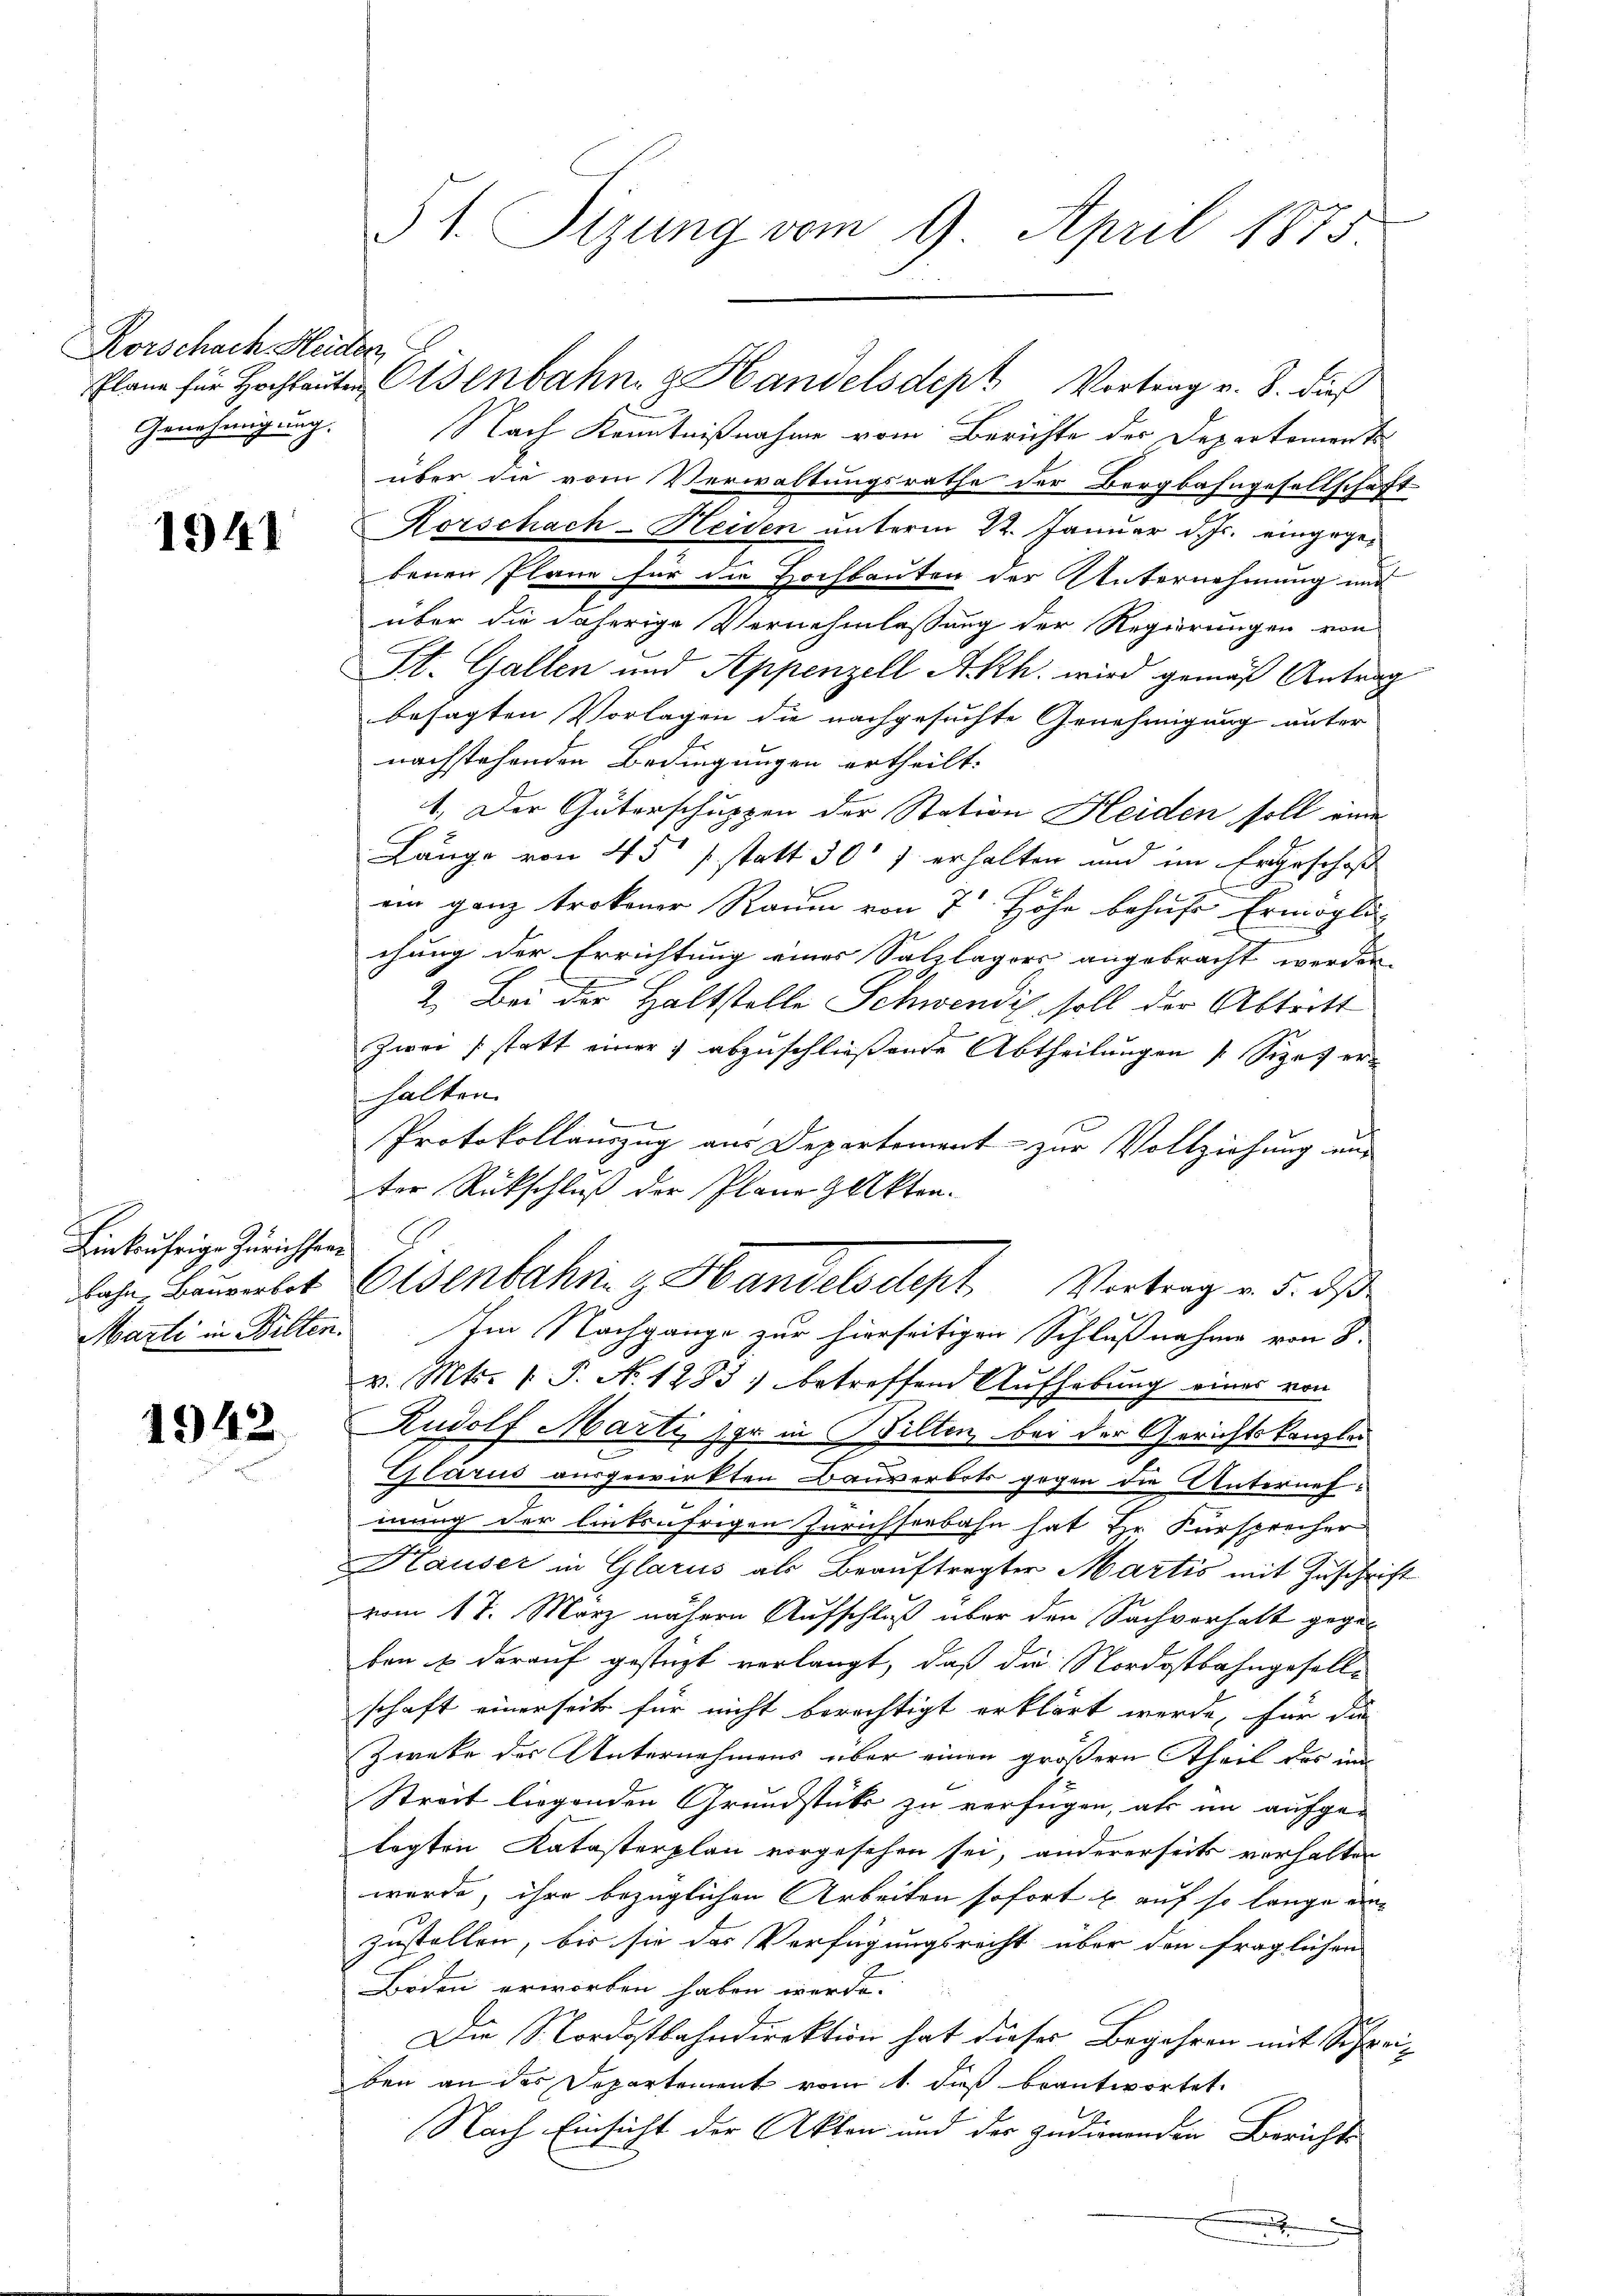
Rorschach Heiden,

1941

Einkaufrige Zürichsen
bahn, Bauverbot

1942

51. Sizung vom 9. April 1875.

Plane für Hochlauten Eisenbahn z. Handelsdept Vortrag v. 8. dies
Genehmigung. Nach Kenntnißnahme vom Berichte des Departement
über die vom Verwaltungsrathe der Bergbahngesellschaft
Korschach-Heiden unterm 22. Januar d. Js. eingegebenen Pläne für die Hochbauten der Unternehmung und
über die daherige Vernehmlassung der Regierungen von
St. Gallen und Appenzell A.Rh. wird gemäß Antrag
besagten Vorlagen die nachgesuchte Genehmigung unter
nachstehenden Bedingungen ertheilt.
1. Der Güterschuppen der Station Heiden soll eine
Länge von 45 statt 307 erhalten und im Ergeschoß
ein ganz trokener Raum von 7 Höhe behufe Ermögli-
chung der Errichtung eines Salzlagers angebracht werden.
2. Bei der Haltstelle Schwendis soll der Abtritt
Zwei statt einer abzuschließende Abtheilungen Sizat erhalten.
Protokollauszug aus Departement zur Vollziehung ein
ter Rückschluß der Plane Zuktra¬
Marti in Bilten. Im Nachgange zur hierseitigen Schlußnahme von 8.
v. Mts. 1. P. N. 1283) betreffend Aufhebung eines von
Rudolf Marti ser in Bilten bei der Gerichtskanzle
Glarus ausgewirkten Bauverbots gegen die Unternehmung der liebsäfrigen Zürichseebahn hat Hr. Fürsprecher
Kauser in Glarus als Beauftragter Martis mit Zuschrift
vom 17. März nähern Aufschluß über den Sachverhalt gegen
ben & darauf gestüzt verlangt, daß die Nordostbahngesell-
schaft einerseits für nicht berechtigt erklärt werde, für die
Zweke des Unternehmens über einen größern Theil des im
Streit liegenden Grundstücke zu verfügen, als in aufgelegten Katasterplan vorgesehen sei, andererseits verhalten
wurde, ihre bezüglichen Arbeiten sofort u. auf so lange anzustellen, bis sie das Verfügungsrecht über den fraglichen
Boden erworben haben werde.
Die Nordostbahndirektion hat dieser Begehren mit Schreiben an der Departement vom 1. dieß beantwortet.
Nach Einsicht der Akten und der zudienenden Berichts-

Eisenbahng Handelsdept. Vortrag v. 5. ds